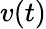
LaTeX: v(t)